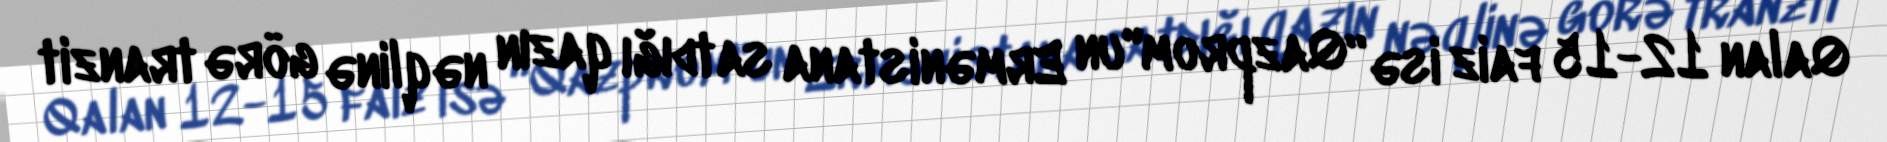
Qalan 12-15 faiz isə “Qazprom"un Ermənistana satdığı qazın nəqlinə görə tranzit